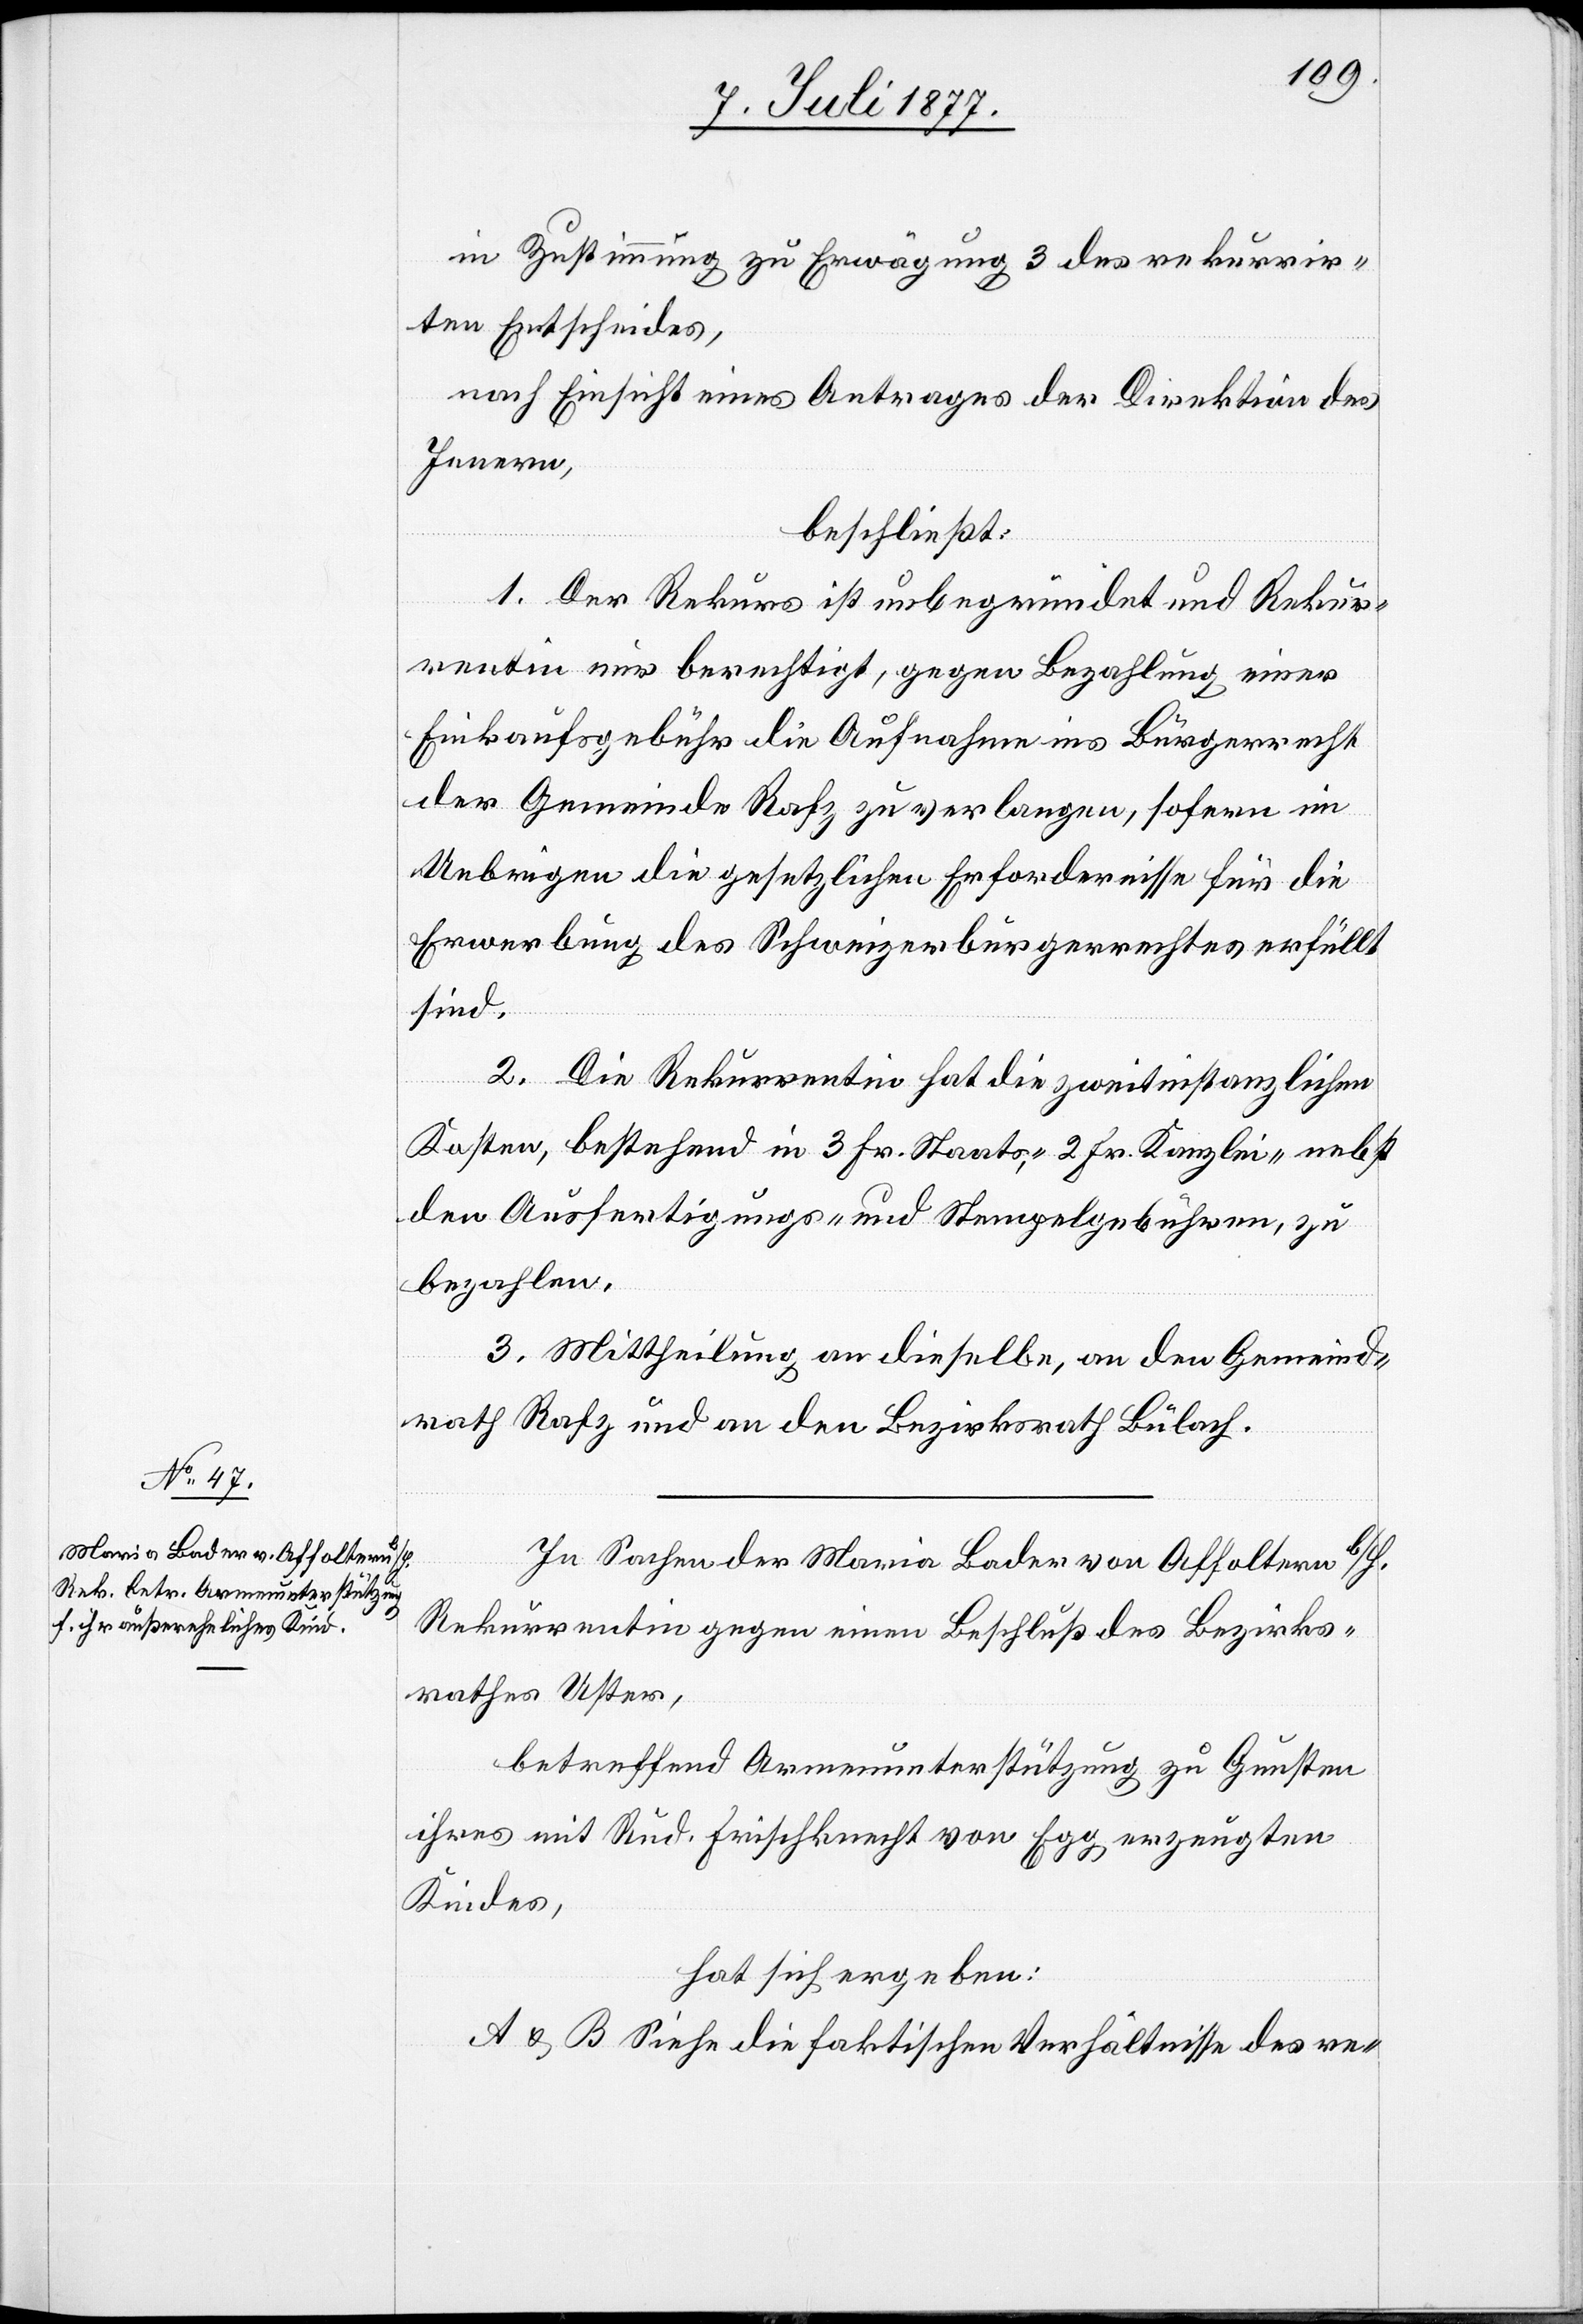
in Zustimmung zu Erwägung 3 des rekurrir¬
ten Entscheides,
nach Einsicht eines Antrages der Direktion des
Innern,
beschließt:
1. Der Rekurs ist unbegründet und Rekur¬
rentin nur berechtigt, gegen Bezahlung einer
Einkaufsgebühr die Aufnahme ins Bürgerrecht
der Gemeinde Rafz zu verlangen, sofern im
Uebrigen die gesetzlichen Erfordernisse für die
Erwerbung des Schweizerbürgerrechtes erfüllt
sind.
2. Die Rekurrentin hat die zweitinstanzlichen
Kosten, bestehend in 3 Fr. Staats-, 2 Fr. Kanzlei-[,] nebst
den Ausfertigungs- und Stempelgebühren, zu
bezahlen.
3. Mittheilung an dieselbe, an den Gemeind¬
rath Rafz und an den Bezirksrath Bülach.